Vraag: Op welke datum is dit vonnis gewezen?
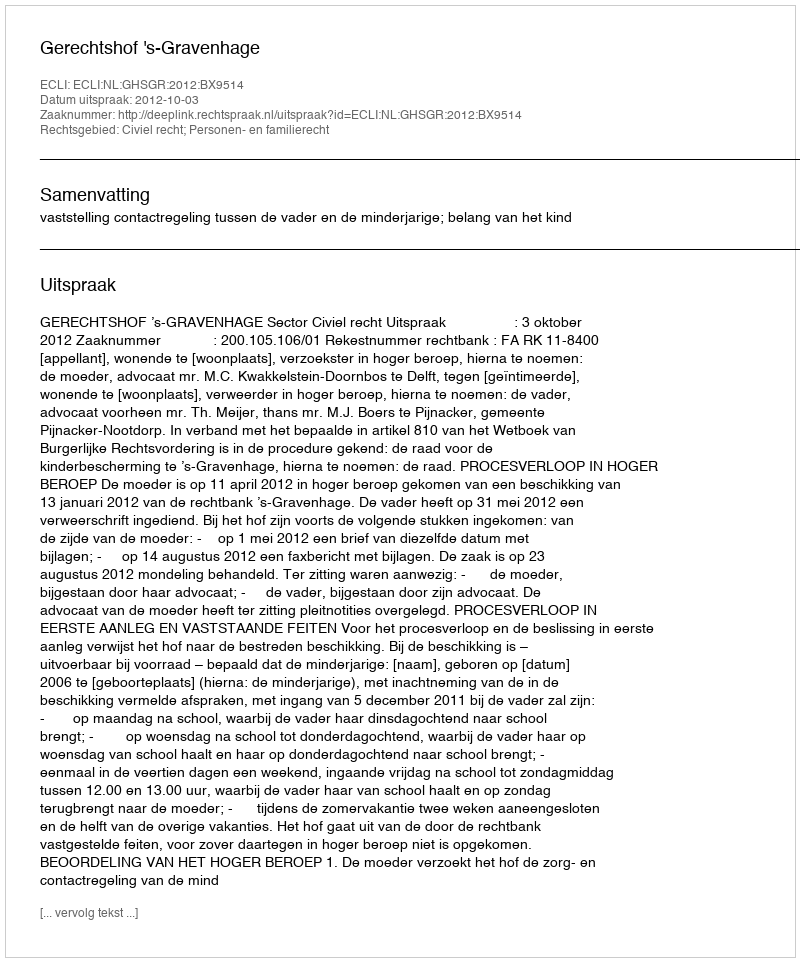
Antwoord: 2012-10-03